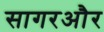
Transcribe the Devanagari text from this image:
सागरऔर